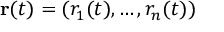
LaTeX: \mathbf { r } ( t ) = ( r _ { 1 } ( t ) , \ldots , r _ { n } ( t ) )